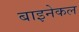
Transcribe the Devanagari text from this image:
बाइनेकल